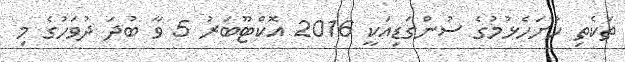
ތަކެތި ހުށަހެޅުމުގެ ސުންގަޑިއަކީ 2016 އޮކްޓޫބަރު 5 ވާ ބުދަ ދުވަހުގެ މި